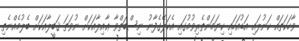
ވާހަކަތައް ކަނުލައި އަޑުއަހައި ކިޔަމަންތެރިވުމުގައި އެކަލޭގެފާނު ނިސްބަތްވާ ޢާއިލާއަކަށް ނުވަތަ ޤަބީލާއަކަށް ބެލުމެއްނެތި